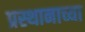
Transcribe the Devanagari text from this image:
प्रस्थानाच्या